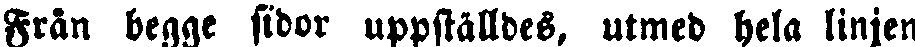
Från begge sidor uppställdes, utmed hela linjen